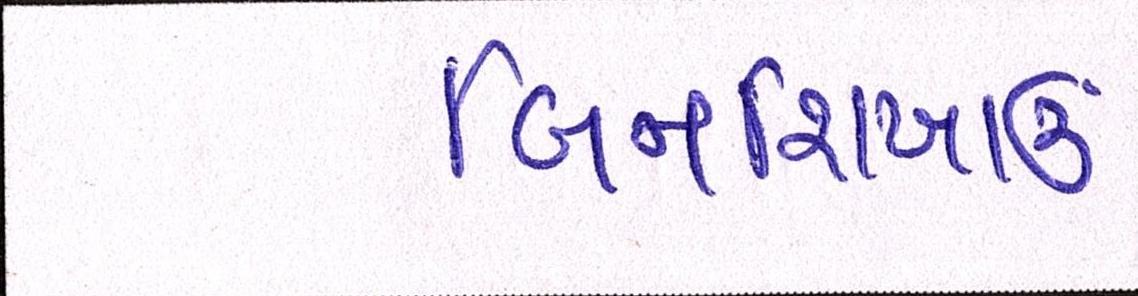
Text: બિનશિખાઉ